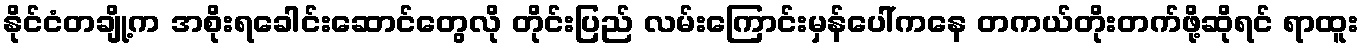
နိုင်ငံတချို့က အစိုးရခေါင်းဆောင်တွေလို တိုင်းပြည် လမ်းကြောင်းမှန်ပေါ်ကနေ တကယ်တိုးတက်ဖို့ဆိုရင် ရာထူး